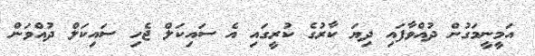
އަމީނީމަގުން ދުއްވާފައި ދިޔަ ކާރުގެ ކުރީގައި އެ ސައިކަލް ޖެހި ސައިކަލް ދުއްވަން